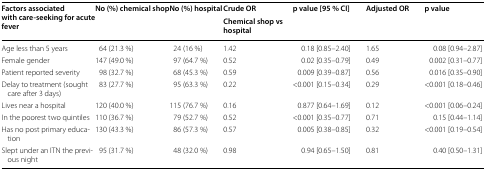
<table><thead><tr><td rowspan="2"><b>Factors associated with care-seeking for acute fever</b></td><td rowspan="2"><b>No (%) chemical shop</b></td><td rowspan="2"><b>No (%) hospital</b></td><td><b>Crude OR</b></td><td rowspan="2"><b>p value [95 % CI]</b></td><td rowspan="2"><b>Adjusted OR</b></td><td rowspan="2"><b>p value</b></td></tr><tr><td><b>Chemical shop vs hospital</b></td></tr></thead><tbody><tr><td>Age less than 5 years</td><td>64 (21.3 %)</td><td>24 (16 %)</td><td>1.42</td><td>0.18 [0.85–2.40]</td><td>1.65</td><td>0.08 [0.94–2.87]</td></tr><tr><td>Female gender</td><td>147 (49.0 %)</td><td>97 (64.7 %)</td><td>0.52</td><td>0.02 [0.35–0.79]</td><td>0.49</td><td>0.002 [0.31–0.77]</td></tr><tr><td>Patient reported severity</td><td>98 (32.7 %)</td><td>68 (45.3 %)</td><td>0.59</td><td>0.009 [0.39–0.87]</td><td>0.56</td><td>0.016 [0.35–0.90]</td></tr><tr><td>Delay to treatment (sought care after 3 days)</td><td>83 (27.7 %)</td><td>95 (63.3 %)</td><td>0.22</td><td>&lt;0.001 [0.15–0.34]</td><td>0.29</td><td>&lt;0.001 [0.18–0.46]</td></tr><tr><td>Lives near a hospital</td><td>120 (40.0 %)</td><td>115 (76.7 %)</td><td>0.16</td><td>0.877 [0.64–1.69]</td><td>0.12</td><td>&lt;0.001 [0.06–0.24]</td></tr><tr><td>In the poorest two quintiles</td><td>110 (36.7 %)</td><td>79 (52.7 %)</td><td>0.52</td><td>&lt;0.001 [0.35–0.77]</td><td>0.71</td><td>0.15 [0.44–1.14]</td></tr><tr><td>Has no post primary education</td><td>130 (43.3 %)</td><td>86 (57.3 %)</td><td>0.57</td><td>0.005 [0.38–0.85]</td><td>0.32</td><td>&lt;0.001 [0.19–0.54]</td></tr><tr><td>Slept under an ITN the previous night</td><td>95 (31.7 %)</td><td>48 (32.0 %)</td><td>0.98</td><td>0.94 [0.65–1.50]</td><td>0.81</td><td>0.40 [0.50–1.31]</td></tr></tbody></table>